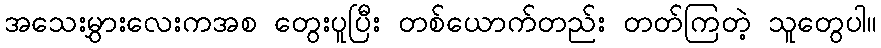
အသေးမွှားလေးကအစ တွေးပူပြီး တစ်ယောက်တည်း တတ်ကြတဲ့ သူတွေပါ။